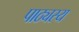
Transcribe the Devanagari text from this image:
पाठ्यस्य